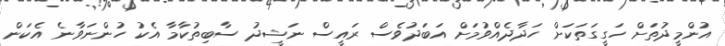
އުންމީދުތަށް ހަގީގަތަކަށް ހަދާދެއްވުމަށް އަބަދުވެސް ރައީސް ނަޝީދު ސާބިތުކާމާ އެކު ހުންނަވާނެ އެކަން